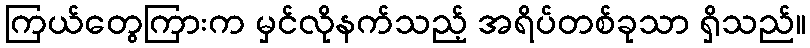
ကြယ်တွေကြားက မှင်လိုနက်သည့် အရိပ်တစ်ခုသာ ရှိသည်။